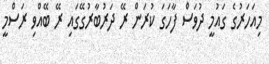
މިއަހަރުގެ ގައުމީ ދުވަސް ފާހަގަ ކުރަން ރޭ ދަރުބާރުގޭގައި ރޭ ބޭއްވި ރަސްމީ